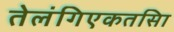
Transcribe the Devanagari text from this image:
तेलंगिएकतसिा